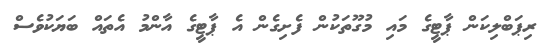
ރިޕަބްލިކަން ޕާޓީގެ މައި މުގޫތަކުން ފެށިގެން އެ ޕާޓީގެ އާންމު އެތައް ބަޔަކުވެސް